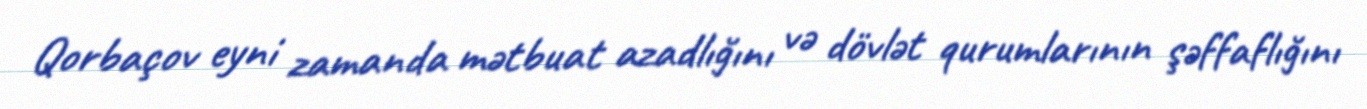
Qorbaçov eyni zamanda mətbuat azadlığını və dövlət qurumlarının şəffaflığını